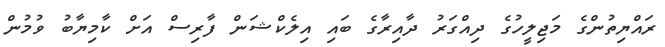
ރައްޔިތުންގެ މަޖިލީހުގެ ދިއްގަރު ދާއިރާގެ ބައި އިލެކްޝަން ފާރިސް އަށް ކާމިޔާބު ވުމުން